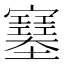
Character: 𡫼